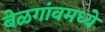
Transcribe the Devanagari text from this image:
बेळगांवमध्ये